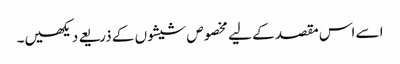
اسے اس مقصد کے لیے مخصوص شیشوں کے ذریعے دیکھیں۔